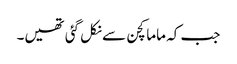
جب کہ ماما کچن سے نکل گئی تھیں۔